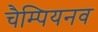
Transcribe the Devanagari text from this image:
चैम्पियनव